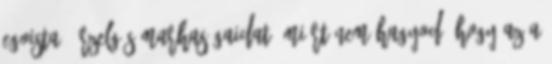
egoista, érzelgõs marhaságaidat. Miért nem hagyod, hogy az a